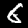
Label: 6